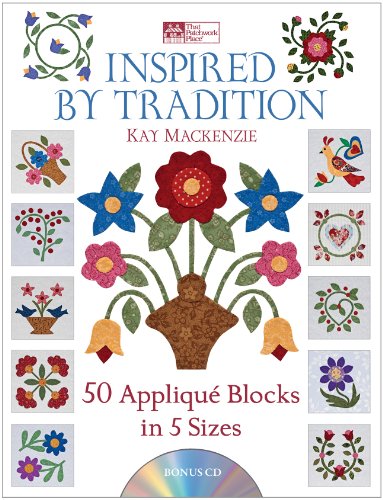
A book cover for Inspired by Tradition: 50 AppliquÃ© Blocks in 5 Sizes; Kay Mackenzie; Crafts, Hobbies & Home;